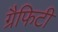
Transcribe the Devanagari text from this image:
ग्रैफिटी